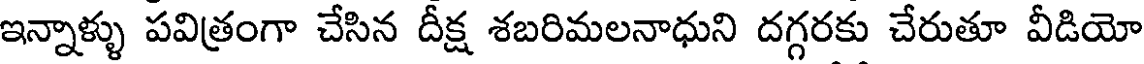
ఇన్నాళ్ళు పవిత్రంగా చేసిన దీక్ష శబరిమలనాధుని దగ్గరకు చేరుతూ వీడియో